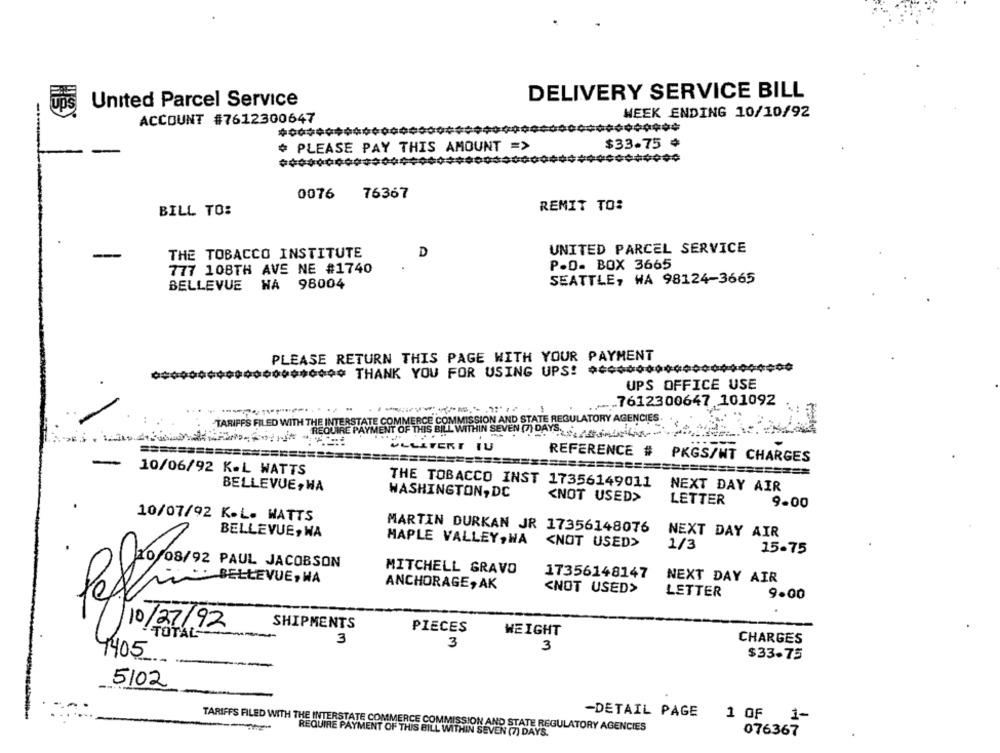
DELIVERY SERVICE BILL
United Parcel Service
WEEK ENDING 10/10/92
ACCOUNT #7612300647
000 ****** 000000000 **** 400000
$33.75 ¢
# PLEASE PAY THIS AMOUNT =>
0076
76367
BILL TO:
REMIT TO:
UNITED PARCEL SERVICE
THE TOBACCO INSTITUTE
D
777 108TH AVE NE #1740
P.O. BOX 3665
BELLEVUE WA 98004
SEATTLE, WA 98124-3665
PLEASE RETURN THIS PAGE WITH YOUR PAYMENT
0000000 ***** THANK YOU FOR USING UPS! *********** 00000000000
UPS OFFICE USE
...
7612300647 101092
--------
TARIFFS FILED WITH THE INTERSTATE COMMERCE COMMISSION AND STATE REGULATORY AGENCIES
REQUIRE PAYMENT OF THIS BILL WITHIN SEVEN (7) DAYS.
VLLLTERT TU
REFERENCE # PKGS/HT CHARGES
==================
10/06/92 K.L WATTS
BELLEVUE, HA
THE TOBACCO INST 17356149011
NEXT DAY AIR
WASHINGTON, DC
<NOT USED>
LETTER
9.00
10/07/92 K.L. WATTS
BELLEVUE, WA
MARTIN DURKAN JR 17356148076
NEXT DAY AIR
MAPLE VALLEY, WA
<NOT USED>
1/3
15.75
10/08/92 PAUL JACOBSON
MITCHELL GRAVO
: BELLEVUE, WA
17356148147
NEXT DAY AIR
ANCHORAGE, AK
<NOT USED>
LETTER
9.00
10/27/92
SHIPMENTS
TOTAL
PIECES
WEIGHT
3
CHARGES
3
3
1405
$33.75
---
5102
-DETAIL PAGE
1 OF 1-
TARIFFS FILED WITH THE INTERSTATE COMMERCE COMMISSION AND STATE REGULATORY AGENCIES
REQUIRE PAYMENT OF THIS BILL WITHIN SEVEN (7) DAYS.
076367